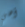
أهي